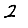
Digit: 2